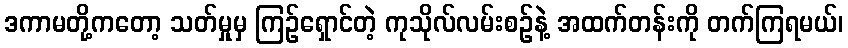
ဒကာမတို့ကတော့ သတ်မှုမှ ကြဉ်ရှောင်တဲ့ ကုသိုလ်လမ်းစဉ်နဲ့ အထက်တန်းကို တက်ကြရမယ်၊